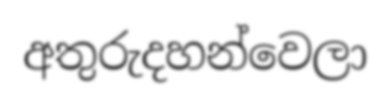
අතුරුදහන්වෙලා